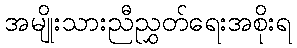
အမျိုးသားညီညွှတ်ရေးအစိုးရ